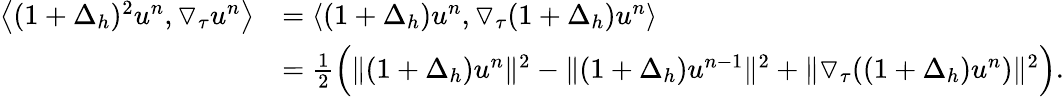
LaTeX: \begin{array}{rl}{\left\langle(1+\Delta_{h})^{2}u^{n},\triangledown_{\tau}u^{n}\right\rangle}&{=\left\langle(1+\Delta_{h})u^{n},\triangledown_{\tau}(1+\Delta_{h})u^{n}\right\rangle}\\ &{=\frac{1}{2}\Big(\| (1+\Delta_{h})u^{n}\| ^{2}-\| (1+\Delta_{h})u^{n-1}\| ^{2}+\| \triangledown_{\tau}((1+\Delta_{h})u^{n})\| ^{2}\Big).}\end{array}